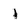
Character: I